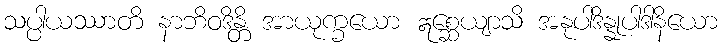
သပ္ပါယဿာတိ နာဘိဝဒိန္တိ အာယုက္ခယော ဣစ္ဆေယျာသိ အနုပါဒိန္နုပါဒါနိယော